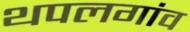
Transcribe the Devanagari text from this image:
थपलगांव